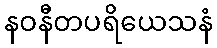
နဝနီတပရိယေသနံ